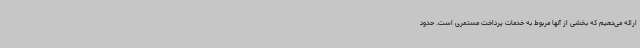
ارائه می‌دهیم که بخشی از آنها مربوط به خدمات پرداخت مستمری است. حدود